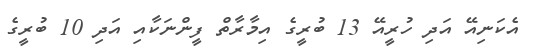
އެކަނިއޭ އަދި ހުރީއޭ 13 ބުރީގެ އިމާރާތް ފީންނަކާއި އަދި 10 ބުރީގެ